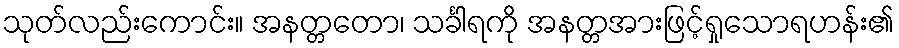
သုတ်လည်းကောင်း။ အနတ္တတော၊ သင်္ခါရကို အနတ္တအားဖြင့်ရှုသောရဟန်း၏